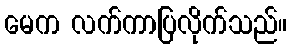
မေက လက်ကာပြလိုက်သည်။